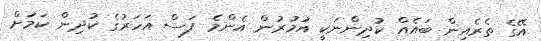
އޭގެ ތެރެއިން ބައެއް ކުދިންނަކީ އުމުރުން އެންމެ ފަސް އަހަރުގެ ކުދިން ކަމަށް